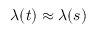
\lambda ( t ) \approx \lambda ( s )